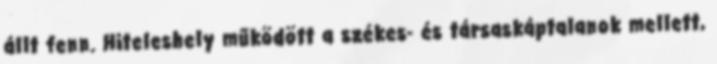
állt fenn. Hiteleshely működött a székes- és társaskáptalanok mellett,